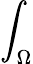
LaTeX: \int_{\Omega}